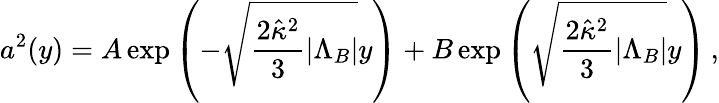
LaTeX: a^{2}(y)=A\exp\left({-\sqrt{\frac{2\hat{\kappa}^{2}}{3}|\Lambda_{B}|}y}\right)+B\exp\left({\sqrt{\frac{2\hat{\kappa}^{2}}{3}|\Lambda_{B}|}y}\right)\, ,